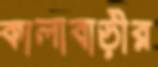
কালাবাড়ীর